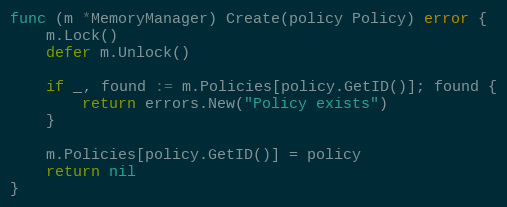
Language: Go
func (m *MemoryManager) Create(policy Policy) error {
	m.Lock()
	defer m.Unlock()

	if _, found := m.Policies[policy.GetID()]; found {
		return errors.New("Policy exists")
	}

	m.Policies[policy.GetID()] = policy
	return nil
}